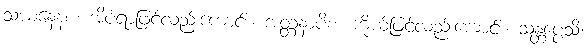
သယနေနစ၊ အိပ်ရာဖြင့်လည်းကောင်း။ အတ္တနာပိစ၊ ကိုယ်ဖြင့်လည်းကောင်း။ သန္တပ္ပေသိ၊